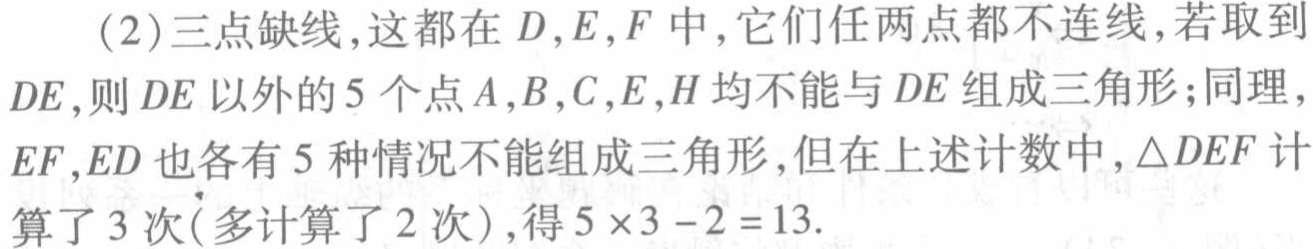
(2)三点缺线,这都在\(D,E,F\)中,它们任两点都不连线,若取到\(DE\),则\(DE\)以外的\(5\)个点\(A,B,C,E,H\)均不能与\(DE\)组成三角形;同理,\(EF,ED\)也各有\(5\)种情况不能组成三角形,但在上述计数中,\(\triangle DEF\)计算了\(3\)次(多计算了\(2\)次),得\(5\times3 - 2 = 13\).